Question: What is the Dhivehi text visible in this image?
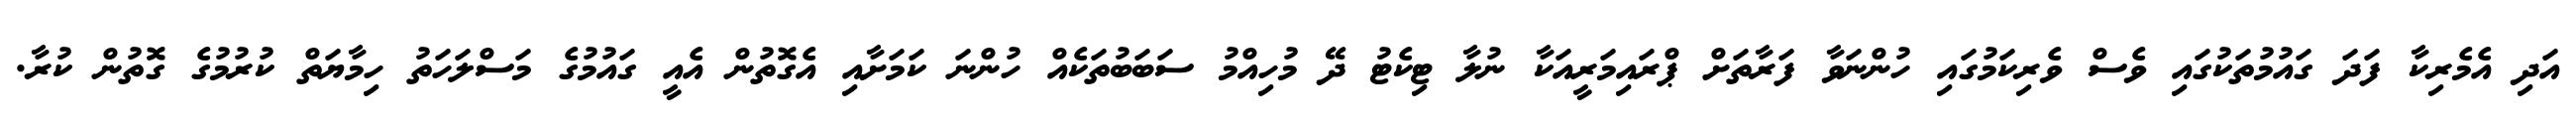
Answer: އަދި އެމެރިކާ ފަދަ ގައުމުތަކުގައި ވެސް ވެރިކަމުގައި ހުންނަވާ ފަރާތަށް ޕްރައިމަރީއަކާ ނުލާ ޓިކެޓު ދޭ މުހިއްމު ސަބަބުތަކެއް ހުންނަ ކަމަށާއި އެގޮތުން އެއީ ގައުމުގެ މަސްލަހަތު ހިމާޔަތް ކުރުމުގެ ގޮތުން ކުރާ.